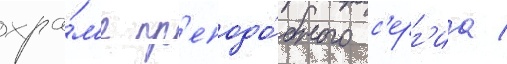
хра́м'е пр'еподо́бного с'ерг'иа /